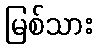
မြစ်သား